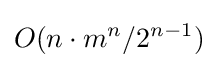
O(n\cdot m^{n}/2^{n-1})